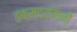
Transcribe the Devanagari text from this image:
इक्स्टर्मिनी